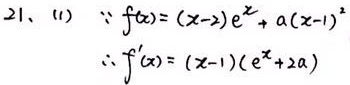
21、(1) $\because f(x)=(x - 2)e^{x}+a(x - 1)^{2}$
$\therefore f^{\prime}(x)=(x - 1)(e^{x}+2a)$